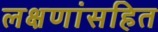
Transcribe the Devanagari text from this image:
लक्षणांसहित